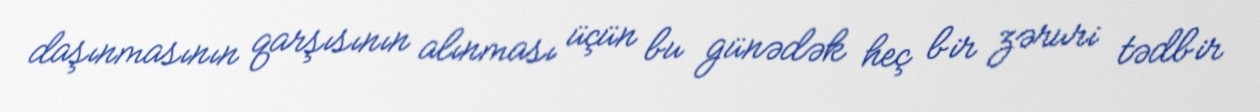
daşınmasının qarşısının alınması üçün bu günədək heç bir zəruri tədbir